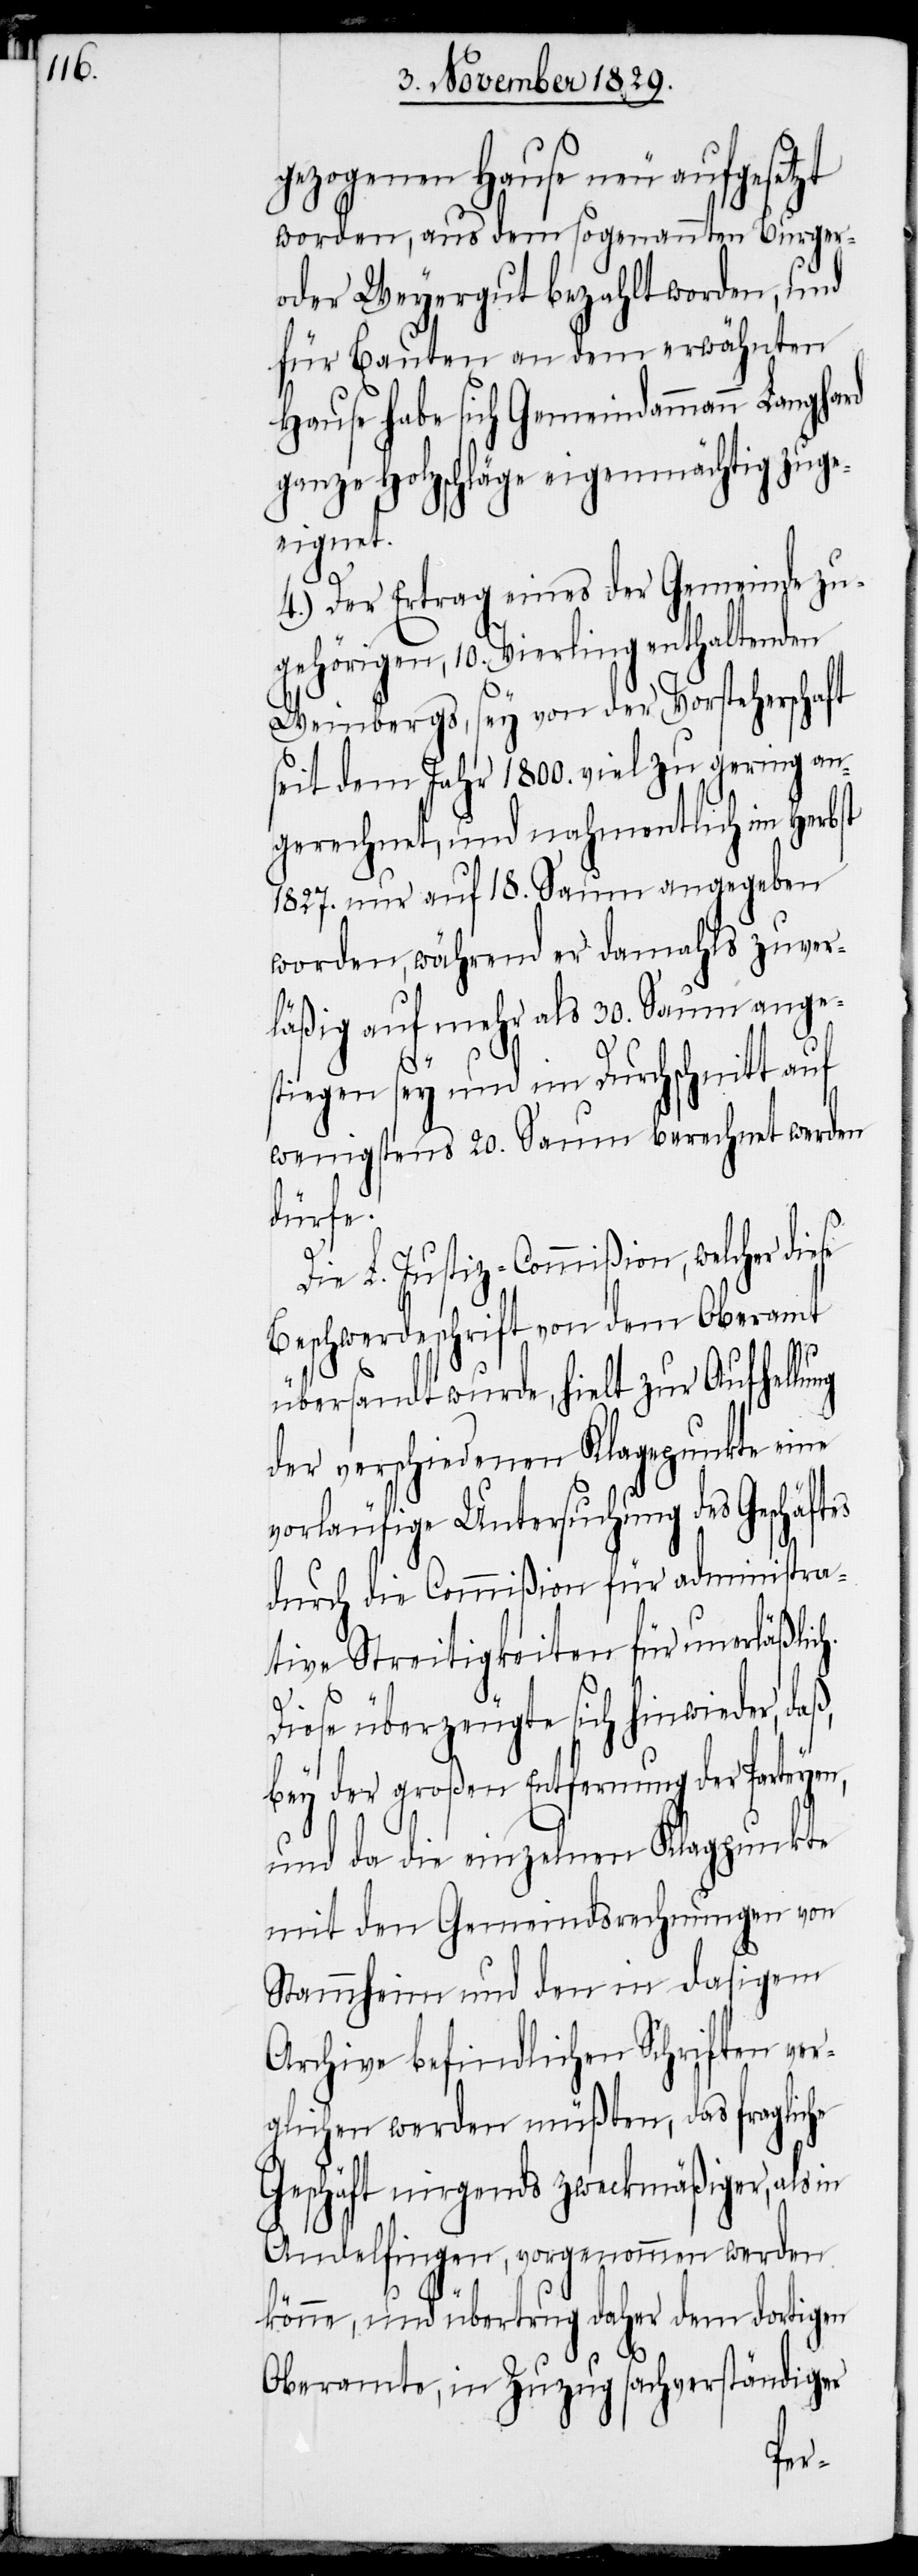
gezogenen Hause neu aufgesetzt
worden, aus dem sogenannten Burger-
oder Weyergut bezahlt worden, und
für Bauten an dem erwähnten
Hause habe sich Gemeindammann Langhard
ganze Holzschläge eigenmächtig zuge¬
eignet.
4.) Der Ertrag eines der Gemeinde zu¬
gehörigen, 10. Vierling enthaltenden
Weinbergs, sey von der Vorsteherschaft
seit dem Jahr 1800. viel zu gering an¬
gerechnet, und nahmentlich im Herbst
1827. nur auf 18. Saum angegeben
worden, während er damahls zuver¬
läßig auf mehr als 30. Saum ange¬
stiegen sey und im Durchschnitt auf
wenigstens 20. Saum berechnet werden
dürfe.
Die L. Justiz-Commißion, welcher die¬
Beschwerdeschrift von dem Oberamt
se
übersandt wurde, hielt zur Aufhellung
der verschiedenen Klagpunkte eine
vorläufige Untersuchung des Geschäft¬
durch die Commißion für administra¬
tive Streitigkeiten für unerläßlic¬
h.
yen,
Diese überzeugte sich hinwieder,
bey der großen Entfernung der Parte¬
und da die einzelnen Klagpunkte
mit den Gemeindsrechnungen von
Stammheim und den in dasigem
Archive befindlichen Schriften ver¬
glichen werden müßten, das fragliche
Geschäft nirgends zweckmäßiger, als
Andelfingen, vorgenommen werden
könne, und übertrug daher dem dortigen
Oberamte, in Zuzug sachverständiger